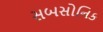
સબસોનિક